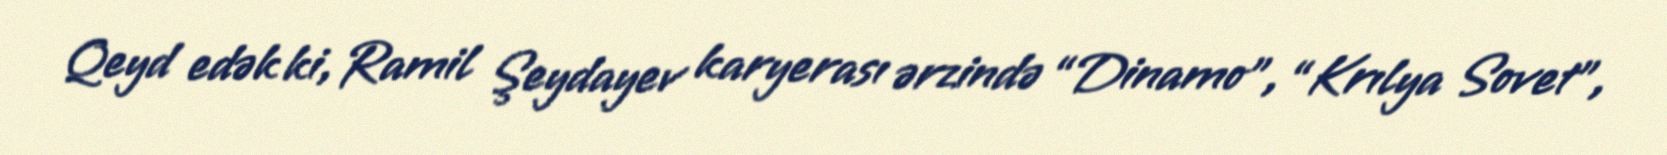
Qeyd edək ki, Ramil Şeydayev karyerası ərzində “Dinamo”, “Krılya Sovet”,